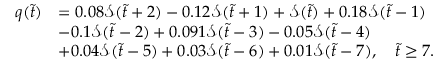
\begin{array} { r l } { q ( \Tilde { t } ) } & { = 0 . 0 8 \mathcal { S } ( \Tilde { t } + 2 ) - 0 . 1 2 \mathcal { S } ( \Tilde { t } + 1 ) + \mathcal { S } ( \Tilde { t } ) + 0 . 1 8 \mathcal { S } ( \Tilde { t } - 1 ) } \\ & { - 0 . 1 \mathcal { S } ( \Tilde { t } - 2 ) + 0 . 0 9 1 \mathcal { S } ( \Tilde { t } - 3 ) - 0 . 0 5 \mathcal { S } ( \Tilde { t } - 4 ) } \\ & { + 0 . 0 4 \mathcal { S } ( \Tilde { t } - 5 ) + 0 . 0 3 \mathcal { S } ( \Tilde { t } - 6 ) + 0 . 0 1 \mathcal { S } ( \Tilde { t } - 7 ) , \quad \Tilde { t } \geq 7 . } \end{array}